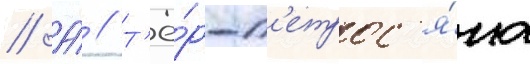
// А́ // Т'ё́р-п'етрос'я́на